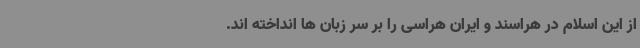
از این اسلام در هراسند و ایران هراسی را بر سر زبان‌ ها انداخته ‌اند.